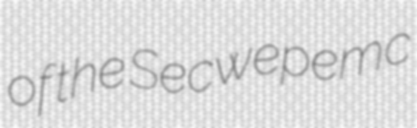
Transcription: of the Secwepemc